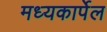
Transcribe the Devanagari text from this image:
मध्यकार्पेल